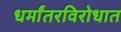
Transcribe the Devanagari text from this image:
धर्मांतरविरोधात